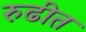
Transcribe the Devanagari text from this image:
रुढीत